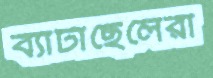
ব্যাটাছেলেরা